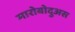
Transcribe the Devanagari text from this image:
मारोबोदुअस